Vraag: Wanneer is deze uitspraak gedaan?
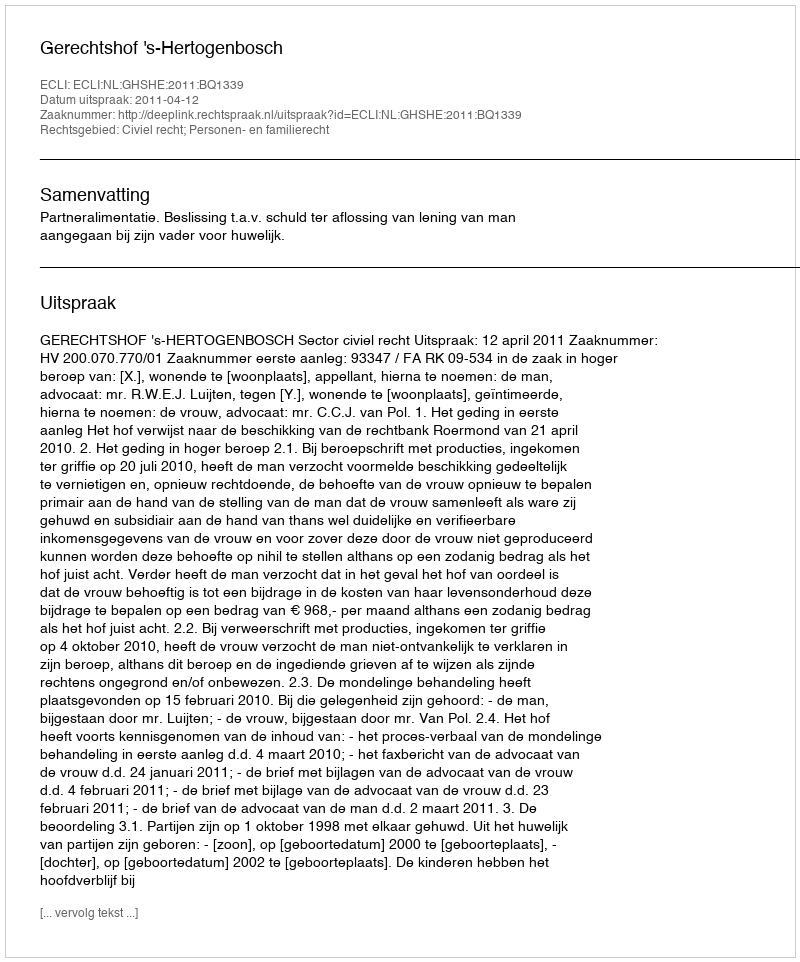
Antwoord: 2011-04-12